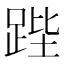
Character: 𮛚